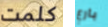
كلمت بارع